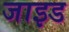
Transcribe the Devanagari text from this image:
जाइड